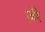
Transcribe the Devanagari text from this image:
ज़ेरे